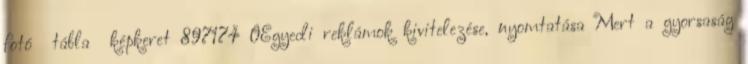
fotó tábla képkeret 897174 0Egyedi reklámok kivitelezése, nyomtatása Mert a gyorsaság